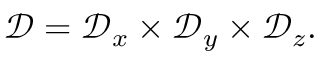
\mathcal { D } = \mathcal { D } _ { x } \times \mathcal { D } _ { y } \times \mathcal { D } _ { z } .